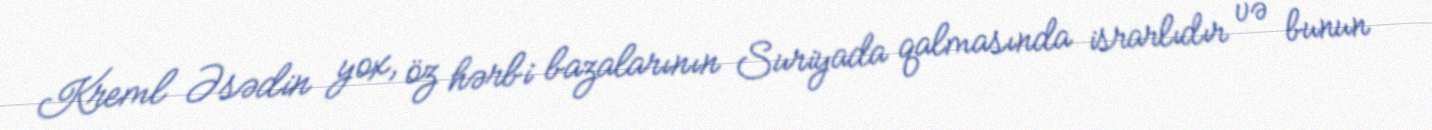
Kreml Əsədin yox, öz hərbi bazalarının Suriyada qalmasında israrlıdır və bunun